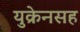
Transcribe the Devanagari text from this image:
युक्रेनसह